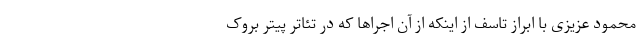
محمود عزیزی با ابراز تاسف از اینکه از آن اجراها که در تئاتر پیتر بروک